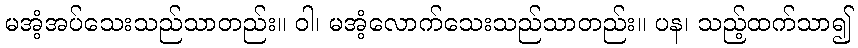
မအံ့အပ်သေးသည်သာတည်း။ ဝါ၊ မအံ့လောက်သေးသည်သာတည်း။ ပန၊ သည့်ထက်သာ၍